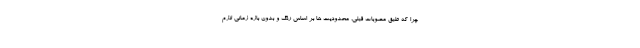
چرا که طبق مصوبات قبلی، محدودیت ها بر اساس رنگ و بدون بازه زمانی لازم